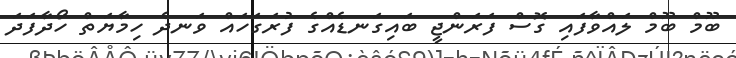
ބޫމް ބޫމް ލައްވާފައި ގޮސް ފަރަންޖީ ބައިގަނޑެއްގެ ފުރަގަހައް ވަނދެ ހިމާޔަތް ހޯދާފަދަ